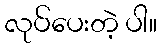
လုပ်ပေးတဲ့ ပါ။